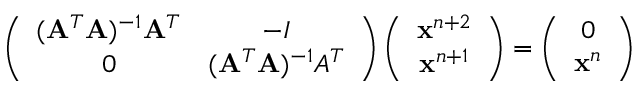
\left( \begin{array} { c c } { ( \mathbf { A } ^ { T } \mathbf { A } ) ^ { - 1 } \mathbf { A } ^ { T } } & { - I } \\ { 0 } & { ( \mathbf { A } ^ { T } \mathbf { A } ) ^ { - 1 } A ^ { T } } \end{array} \right) \left( \begin{array} { c } { \mathbf { x } ^ { n + 2 } } \\ { \mathbf { x } ^ { n + 1 } } \end{array} \right) = \left( \begin{array} { c } { 0 } \\ { \mathbf { x } ^ { n } } \end{array} \right)